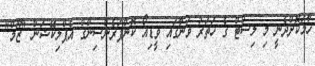
ހާމަކޮށްދެނީ މި ލިސްޓް ގެ ހަތަރު ވަނާގައި ވީޑިއޯ ކޮންފަރެންސިންގް އެޕްލިކޭޝަން "ޒޫމް"